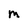
Character: m